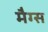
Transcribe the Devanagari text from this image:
मैग्स